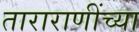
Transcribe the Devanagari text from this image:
ताराराणींच्या